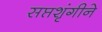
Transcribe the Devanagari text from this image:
सप्तशृंगीने